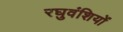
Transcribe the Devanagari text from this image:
रघुवंशियों